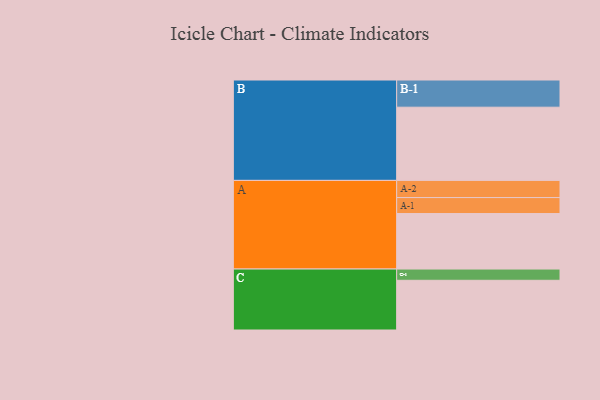
{"axis": {"x": "Segment", "y": "Value"}, "legend": ["", "A", "B", "C"], "data": [{"x": "A", "y": 449, "type": ""}, {"x": "B", "y": 592, "type": ""}, {"x": "C", "y": 402, "type": ""}, {"x": "A-1", "y": 129, "type": "A"}, {"x": "A-2", "y": 139, "type": "A"}, {"x": "B-1", "y": 220, "type": "B"}, {"x": "C-1", "y": 91, "type": "C"}]}